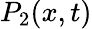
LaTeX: P_{2}(x,t)